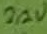
Text: 2,2V